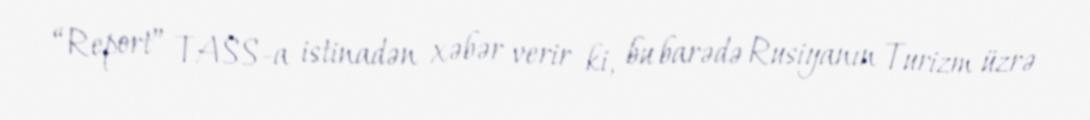
“Report” TASS-a istinadən xəbər verir ki, bu barədə Rusiyanın Turizm üzrə